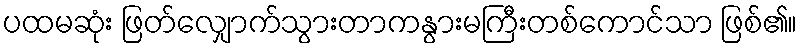
ပထမဆုံး ဖြတ်လျှောက်သွားတာကနွားမကြီးတစ်ကောင်သာ ဖြစ်၏။